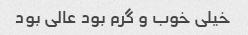
خیلی خوب و گرم بود عالی بود